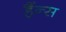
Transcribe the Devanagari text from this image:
हैंन्स